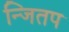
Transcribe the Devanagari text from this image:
न्जितप